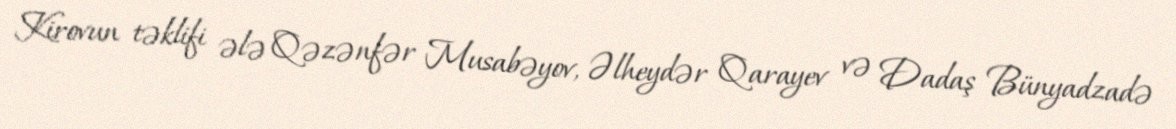
Kirovun təklifi ələ Qəzənfər Musabəyov, Əlheydər Qarayev və Dadaş Bünyadzadə